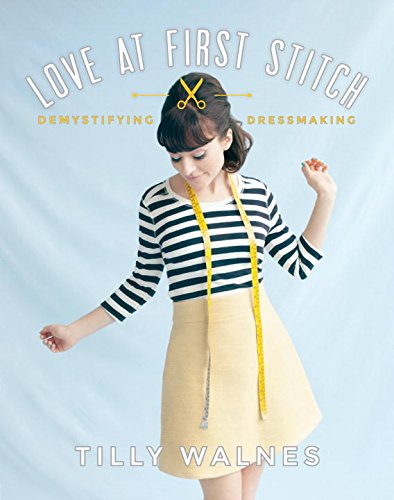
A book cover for Love at First Stitch: Demystifying Dressmaking; Tilly Walnes; Crafts, Hobbies & Home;